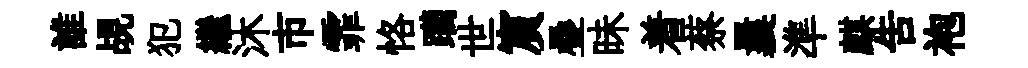
誰覘犯繼沐市霏恪躪世賔疊昧着蔡曩準麒告袍